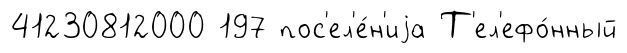
41230812000 197 пос'ел'е́н'иjа Т'ел'ефо́нный